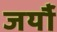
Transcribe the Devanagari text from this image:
जर्यौ